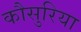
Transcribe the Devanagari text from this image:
कौसुरिया